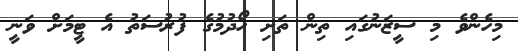
މިހެންވެ މި ސީޒަނުގައި ތިން ތަށި ހޯދުމުގެ ފުރުސަތު އެ ޓީމަށް ވަނީ